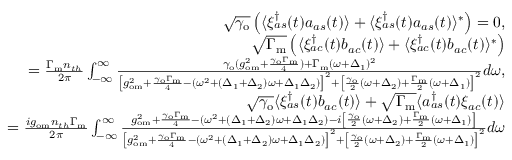
\begin{array} { r l r } & { } & { \sqrt { \gamma _ { \mathrm { o } } } \left( \langle \xi _ { a s } ^ { \dagger } ( t ) a _ { a s } ( t ) \rangle + \langle \xi _ { a s } ^ { \dagger } ( t ) a _ { a s } ( t ) \rangle ^ { * } \right) = 0 , } \\ & { } & { \sqrt { \Gamma _ { \mathrm { m } } } \left( \langle \xi _ { a c } ^ { \dagger } ( t ) b _ { a c } ( t ) \rangle + \langle \xi _ { a c } ^ { \dagger } ( t ) b _ { a c } ( t ) \rangle ^ { * } \right) } \\ & { } & { = \frac { \Gamma _ { \mathrm { m } } n _ { t h } } { 2 \pi } \int _ { - \infty } ^ { \infty } \frac { \gamma _ { \mathrm { o } } ( g _ { \mathrm { o m } } ^ { 2 } + \frac { \gamma _ { \mathrm { o } } \Gamma _ { \mathrm { m } } } { 4 } ) + \Gamma _ { \mathrm { m } } ( \omega + \Delta _ { 1 } ) ^ { 2 } } { \left[ g _ { \mathrm { o m } } ^ { 2 } + \frac { \gamma _ { \mathrm { o } } \Gamma _ { \mathrm { m } } } { 4 } - ( \omega ^ { 2 } + ( \Delta _ { 1 } + \Delta _ { 2 } ) \omega + \Delta _ { 1 } \Delta _ { 2 } ) \right] ^ { 2 } + \left[ \frac { \gamma _ { \mathrm { o } } } { 2 } ( \omega + \Delta _ { 2 } ) + \frac { \Gamma _ { \mathrm { m } } } { 2 } ( \omega + \Delta _ { 1 } ) \right] ^ { 2 } } d \omega , } \\ & { } & { \sqrt { \gamma _ { \mathrm { o } } } \langle \xi _ { a s } ^ { \dagger } ( t ) b _ { a c } ( t ) \rangle + \sqrt { \Gamma _ { \mathrm { m } } } \langle a _ { a s } ^ { \dagger } ( t ) \xi _ { a c } ( t ) \rangle } \\ & { } & { = \frac { i g _ { \mathrm { o m } } n _ { t h } \Gamma _ { \mathrm { m } } } { 2 \pi } \int _ { - \infty } ^ { \infty } \frac { g _ { \mathrm { o m } } ^ { 2 } + \frac { \gamma _ { \mathrm { o } } \Gamma _ { \mathrm { m } } } { 4 } - ( \omega ^ { 2 } + ( \Delta _ { 1 } + \Delta _ { 2 } ) \omega + \Delta _ { 1 } \Delta _ { 2 } ) - i \left[ \frac { \gamma _ { \mathrm { o } } } { 2 } ( \omega + \Delta _ { 2 } ) + \frac { \Gamma _ { \mathrm { m } } } { 2 } ( \omega + \Delta _ { 1 } ) \right] } { \left[ g _ { \mathrm { o m } } ^ { 2 } + \frac { \gamma _ { \mathrm { o } } \Gamma _ { \mathrm { m } } } { 4 } - ( \omega ^ { 2 } + ( \Delta _ { 1 } + \Delta _ { 2 } ) \omega + \Delta _ { 1 } \Delta _ { 2 } ) \right] ^ { 2 } + \left[ \frac { \gamma _ { \mathrm { o } } } { 2 } ( \omega + \Delta _ { 2 } ) + \frac { \Gamma _ { \mathrm { m } } } { 2 } ( \omega + \Delta _ { 1 } ) \right] ^ { 2 } } d \omega } \end{array}